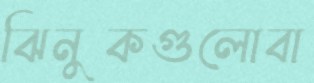
ঝিনুকগুলোবা